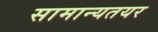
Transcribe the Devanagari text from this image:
सामान्यतयर